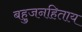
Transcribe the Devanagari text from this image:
बहुजनहिताय